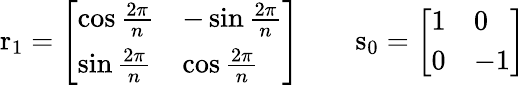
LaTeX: \mathrm{r}_{1}={\left[\begin{array}{ll}{\cos{\frac{2\pi}{n}}}&{-\sin{\frac{2\pi}{n}}}\\ {\sin{\frac{2\pi}{n}}}&{\cos{\frac{2\pi}{n}}}\end{array}\right]}\qquad\mathrm{s}_{0}={\left[\begin{array}{ll}{1}&{0}\\ {0}&{-1}\end{array}\right]}